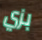
بزي